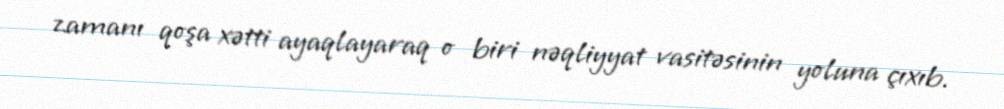
zamanı qoşa xətti ayaqlayaraq o biri nəqliyyat vasitəsinin yoluna çıxıb.